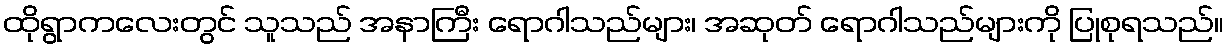
ထိုရွာကလေးတွင် သူသည် အနာကြီး ရောဂါသည်များ၊ အဆုတ် ရောဂါသည်များကို ပြုစုရသည်။